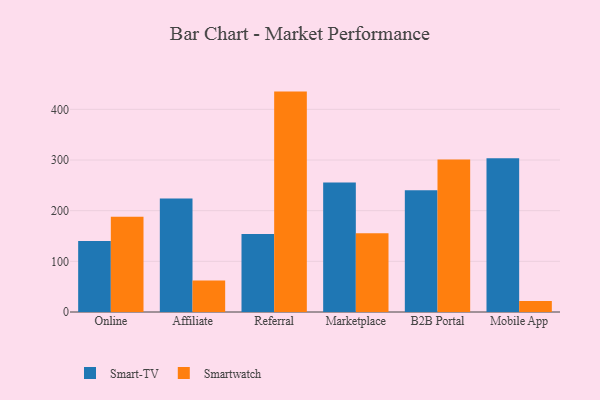
{"axis": {"x": "Channel", "y": "Net Income (USD K)"}, "legend": ["Smart-TV", "Smartwatch"], "data": [{"x": "Online", "y": 139.9, "type": "Smart-TV"}, {"x": "Online", "y": 187.8, "type": "Smartwatch"}, {"x": "Affiliate", "y": 223.8, "type": "Smart-TV"}, {"x": "Affiliate", "y": 62.2, "type": "Smartwatch"}, {"x": "Referral", "y": 154.0, "type": "Smart-TV"}, {"x": "Referral", "y": 435.0, "type": "Smartwatch"}, {"x": "Marketplace", "y": 255.8, "type": "Smart-TV"}, {"x": "Marketplace", "y": 155.3, "type": "Smartwatch"}, {"x": "B2B Portal", "y": 240.5, "type": "Smart-TV"}, {"x": "B2B Portal", "y": 301.1, "type": "Smartwatch"}, {"x": "Mobile App", "y": 303.3, "type": "Smart-TV"}, {"x": "Mobile App", "y": 21.8, "type": "Smartwatch"}]}